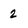
Character: 2